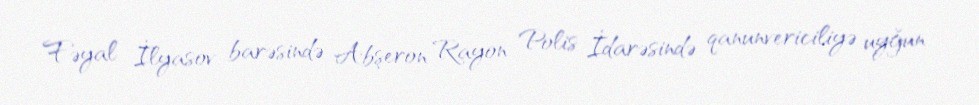
Fəyal İlyasov barəsində Abşeron Rayon Polis İdarəsində qanunvericiliyə uyğun